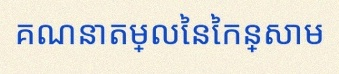
គណនាតម្លៃនៃកន្សោម